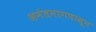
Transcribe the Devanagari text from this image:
अनंतनागपासून